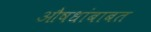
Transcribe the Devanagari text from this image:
औषधांबाबत